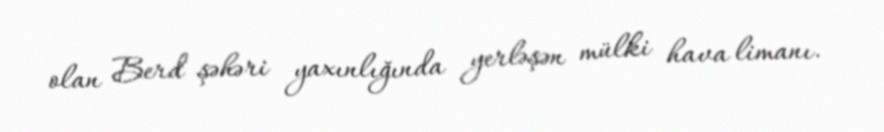
olan Berd şəhəri yaxınlığında yerləşən mülki hava limanı.